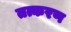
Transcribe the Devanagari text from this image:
तत्करण